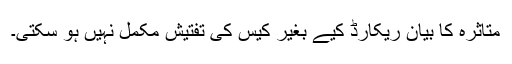
متاثرہ کا بیان ریکارڈ کیے بغیر کیس کی تفتیش مکمل نہیں ہو سکتی۔